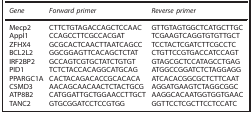
<table><thead><tr><td><b><i>Gene</i></b></td><td><b><i>Forward primer</i></b></td><td><b><i>Reverse primer</i></b></td></tr></thead><tbody><tr><td>Mecp2</td><td>CTTCTGTAGACCAGCTCCAAC</td><td>GTTGTAGTGGCTCATGCTTGC</td></tr><tr><td>Appl1</td><td>CCAGCCTTCGCCACGAT</td><td>TCGAAGTCAGGTGTGTTGCT</td></tr><tr><td>ZFHX4</td><td>GCGCACTCAACTTAATCAGCC</td><td>TCCTACTCGATCTTCGCCTC</td></tr><tr><td>BCL2L2</td><td>GGCGGAGTTCACAGCTCTAT</td><td>CTGTTCCGTGACCATCCAGT</td></tr><tr><td>IRF2BP2</td><td>GCCAGTCGTGCTATCTGTGT</td><td>GTAGCGCTCCATAGCCTGAG</td></tr><tr><td>PID1</td><td>TCTCTACCACAGGCATGCAG</td><td>ATGGCCGGATCTCTAGGAGG</td></tr><tr><td>PPARGC1A</td><td>CACTACAGACACCGCACACA</td><td>ATCACACGGCGCTCTTCAAT</td></tr><tr><td>CSMD3</td><td>AACAGCAACAACTCTACTGCG</td><td>AGGATGAAGTCTAGGCGGC</td></tr><tr><td>ATP8B2</td><td>CATGGATTGCTGGAACCTTGCT</td><td>AAGGCACAATGGTGGTGAAC</td></tr><tr><td>TANC2</td><td>GTGCGGATCCTCCGTGG</td><td>GGTTCCTCGCTTCCTCCATC</td></tr></tbody></table>